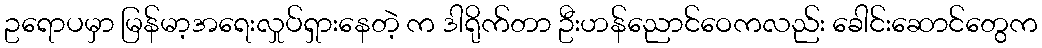
ဥရောပမှာ မြန်မာ့အရေးလှုပ်ရှားနေတဲ့ က ဒါရိုက်တာ ဦးဟန်ညောင်ဝေကလည်း ခေါင်းဆောင်တွေက